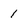
Character: 1